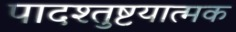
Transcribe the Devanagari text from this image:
पादश्तुष्टयात्मक